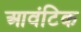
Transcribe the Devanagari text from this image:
आवंटिक